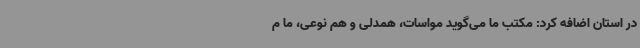
در استان اضافه کرد: مکتب ما می‌گوید مواسات، همدلی و هم نوعی، ما م